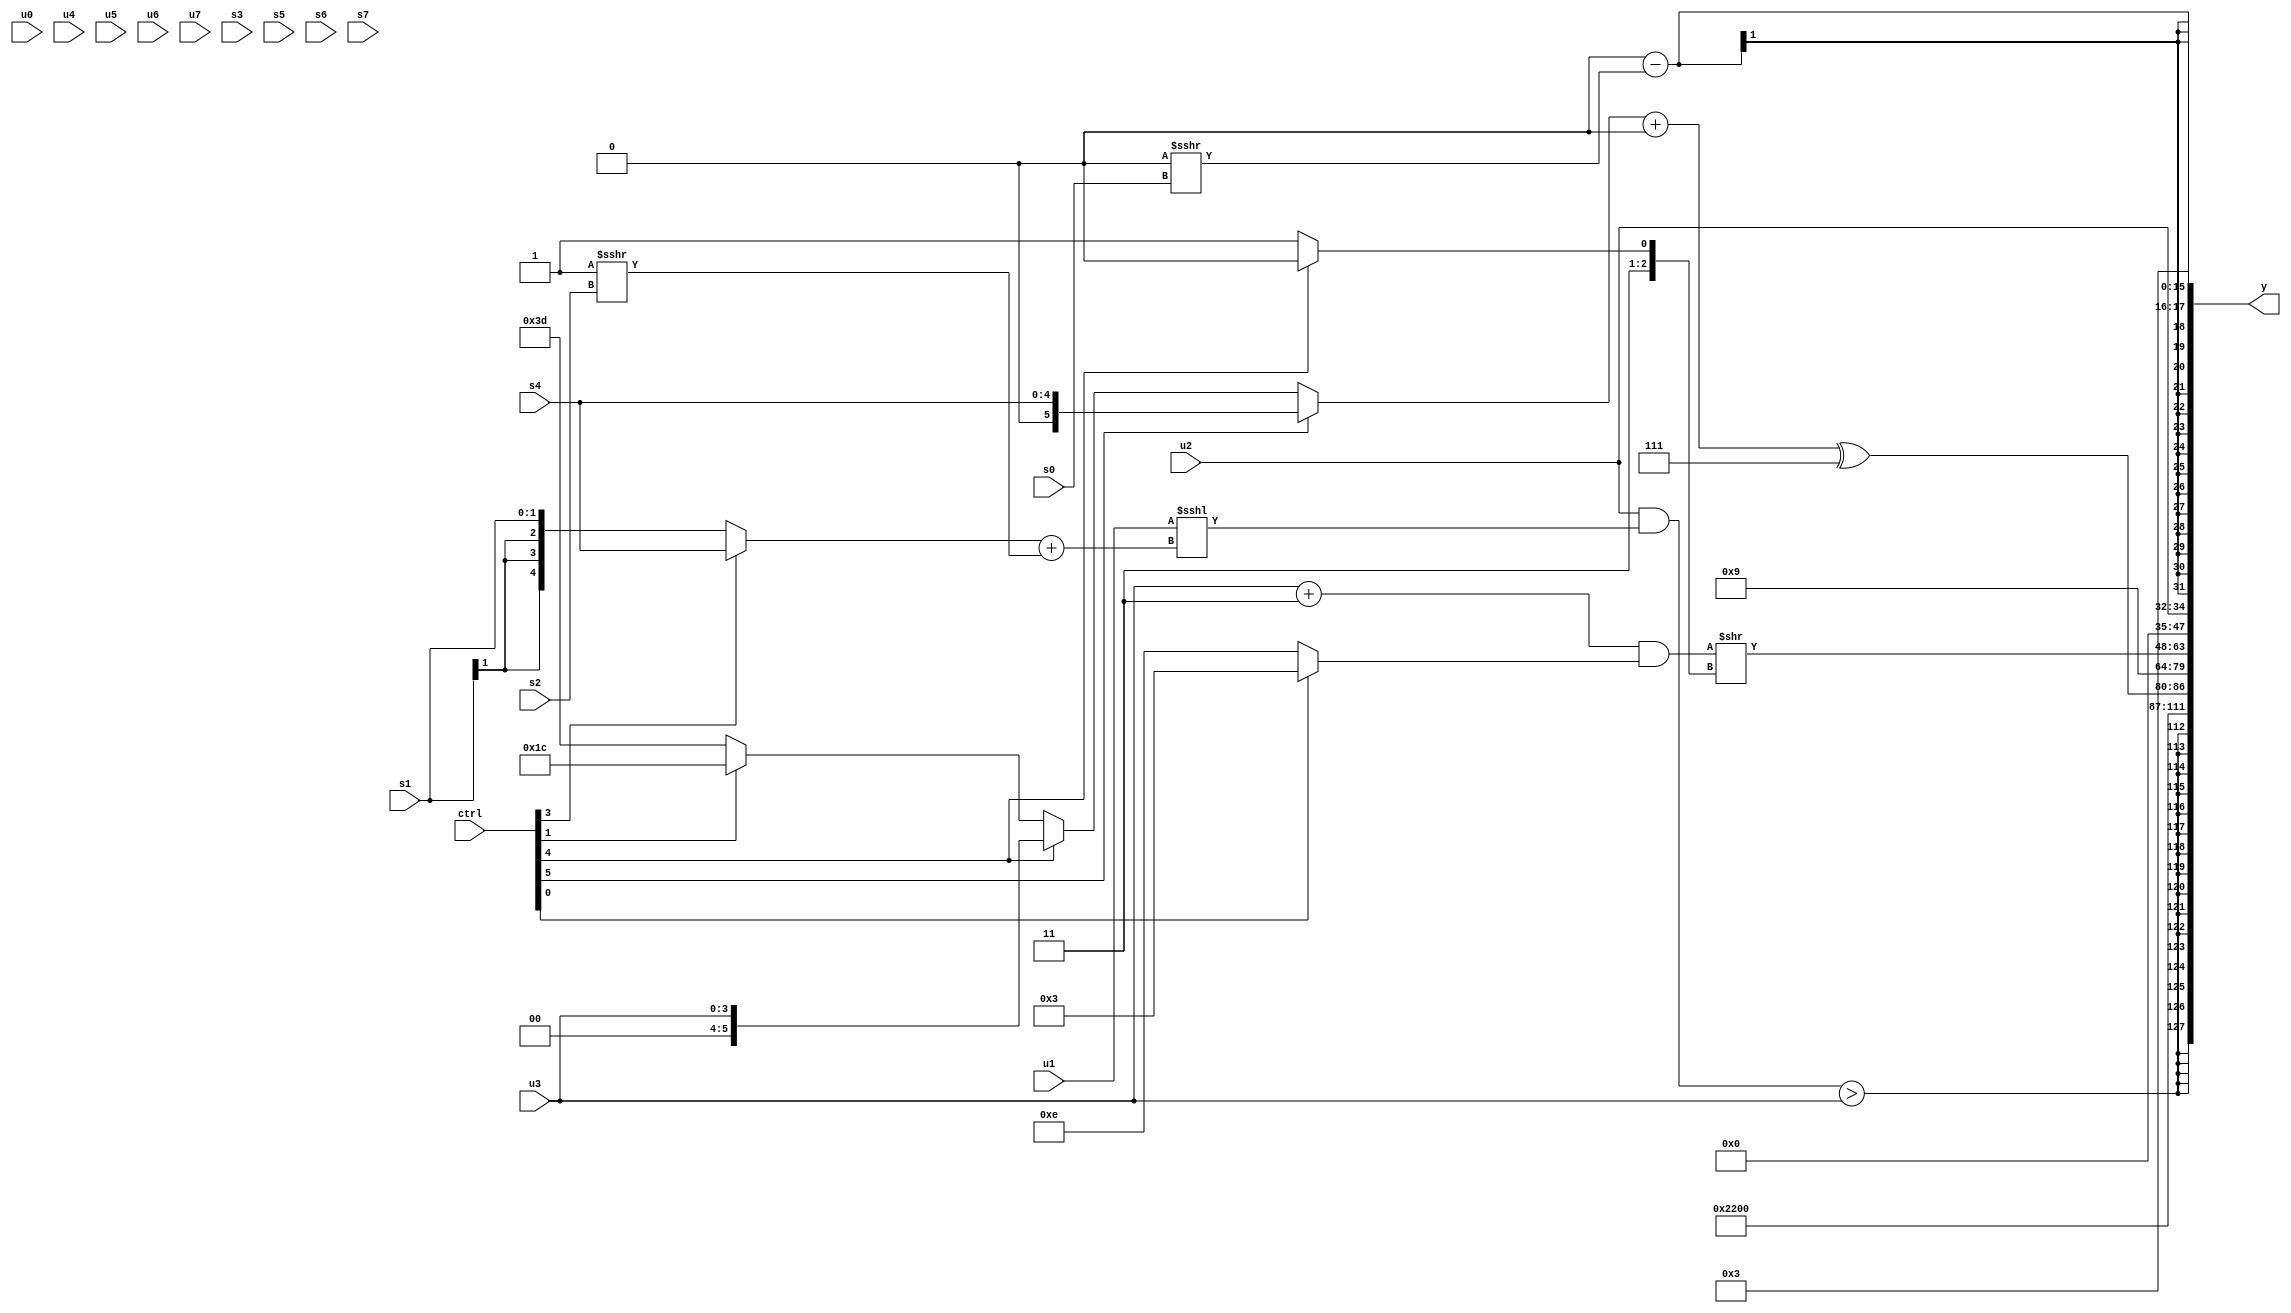
module wideexpr_00376(ctrl, u0, u1, u2, u3, u4, u5, u6, u7, s0, s1, s2, s3, s4, s5, s6, s7, y);
  input [7:0] ctrl;
  input [0:0] u0;
  input [1:0] u1;
  input [2:0] u2;
  input [3:0] u3;
  input [4:0] u4;
  input [5:0] u5;
  input [6:0] u6;
  input [7:0] u7;
  input signed [0:0] s0;
  input signed [1:0] s1;
  input signed [2:0] s2;
  input signed [3:0] s3;
  input signed [4:0] s4;
  input signed [5:0] s5;
  input signed [6:0] s6;
  input signed [7:0] s7;
  output [127:0] y;
  wire [15:0] y0;
  wire [15:0] y1;
  wire [15:0] y2;
  wire [15:0] y3;
  wire [15:0] y4;
  wire [15:0] y5;
  wire [15:0] y6;
  wire [15:0] y7;
  assign y = {y0,y1,y2,y3,y4,y5,y6,y7};
  assign y0 = $signed(+(((u2)&((u1)<<<(((ctrl[3]?s4:s1))+((2'sb11)>>>(s2)))))>(u3)));
  assign y1 = 6'sb010001;
  assign y2 = (+(((ctrl[5]?s4:(ctrl[4]?(+(u3))>>>(+(1'b0)):(ctrl[1]?5'sb11100:$signed(6'b111101)))))+(2'sb00)))^(+(3'sb111));
  assign y3 = {2{$signed($signed(-(3'sb111)))}};
  assign y4 = (((+(u3))+(2'sb11))&((ctrl[0]?(ctrl[0]?2'sb11:((4'sb0101)>>>(s2))>>>((ctrl[7]?s3:s0))):4'sb1110)))>>((ctrl[4]?3'sb110:1'sb1));
  assign y5 = u2;
  assign y6 = (&({($signed($signed((~&(2'b10))!=(&(s5)))))>=((ctrl[3]?s1:(ctrl[4]?$signed((6'sb000101)<<(2'sb00)):-((ctrl[6]?1'sb0:s1))))),((($signed({3{5'sb11000}}))+($signed(6'sb111100)))>>({(ctrl[0]?$signed(s1):(1'sb0)<<(s0)),1'sb1}))>>($signed($signed(s6))),({1{-({1{(u2)<=(1'sb1)}})}})&({(3'b001)>>(1'sb1),s5})}))-($unsigned((1'sb0)>>>(s0)));
  assign y7 = 3'sb011;
endmodule